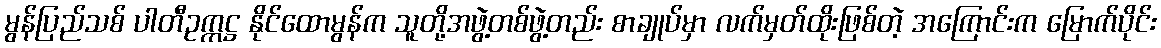
မွန်ပြည်သစ် ပါတီဥက္ကဋ္ဌ နိုင်ထောမွန်က သူတို့အဖွဲ့တစ်ဖွဲ့တည်း စာချုပ်မှာ လက်မှတ်ထိုးဖြစ်တဲ့ အကြောင်းက မြောက်ပိုင်း